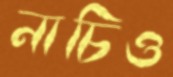
নাচিও